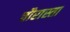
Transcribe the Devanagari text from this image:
चौरास्ता